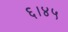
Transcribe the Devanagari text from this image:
६।४५